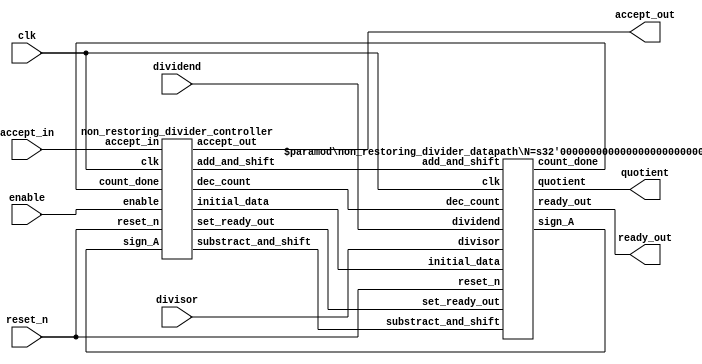
module non_restoring_divider #(
    parameter N = 8
) (
    input enable, clk, reset_n, accept_in,
    output accept_out, ready_out,
//
    input [N-1:0] divisor, dividend,
    output [N-1:0] quotient
);


non_restoring_divider_controller controller(
    enable, clk, reset_n, accept_in,
    accept_out, set_ready_out,
//control
    sign_A, count_done,
    dec_count, substract_and_shift, add_and_shift, initial_data
);

non_restoring_divider_datapath #(.N(N)) datapth(
    clk, reset_n, set_ready_out,
    dividend, divisor, quotient, ready_out,
//control
    dec_count, substract_and_shift, add_and_shift, initial_data,
    sign_A, count_done
);
    
endmodule

module non_restoring_divider_controller(
    input enable, clk, reset_n, accept_in,
    output accept_out, 
    output reg set_ready_out,
//control
    input sign_A, count_done,
    output reg dec_count, substract_and_shift, add_and_shift, initial_data
);

localparam  IDLE        = 0,
            GET_DATA    = 1,
            COMPUTE     = 2,
            READY       = 3;

reg [1:0] current_state, next_state;
//output
assign accept_out   = (current_state == IDLE) & enable;
//fsm
always @(*) begin
    dec_count           = 0;
    substract_and_shift = 0;
    add_and_shift       = 0;
    initial_data        = 0;
    set_ready_out = 0;
    /////////////////////////
    case(current_state)
    IDLE: next_state = enable ? GET_DATA : IDLE;
    GET_DATA: begin
        initial_data = 1;
        next_state = COMPUTE;
    end
    COMPUTE: begin
        if(sign_A) add_and_shift = 1;
        else substract_and_shift = 1;
        if(count_done) begin
            set_ready_out = 1;
            next_state = accept_in ? IDLE : READY;
        end
        else next_state = COMPUTE;
        dec_count = 1;
    end
    READY: next_state = accept_in ? IDLE : READY;
    default: next_state = IDLE;
    endcase
end

always @(posedge clk, negedge reset_n) begin
    if(~reset_n) current_state <= IDLE;
    else current_state <= next_state;
end


endmodule

module non_restoring_divider_datapath #(
    parameter N = 8
) (
    input clk, reset_n, set_ready_out,
    input [N-1:0] dividend, divisor,
    output [N-1:0] quotient,
    output reg ready_out,
//control
    input dec_count, substract_and_shift, add_and_shift, initial_data,
    output sign_A, count_done
);

reg [N-1:0] Q;
reg [N:0] A, M;
reg [$clog2(N):0] count;
assign count_done = (count == 0);
assign sign_A = A[N];
assign quotient = Q;
// assign remainder = A;


wire [N:0] A_minus_M, A_plus_M;
assign A_minus_M = {A[N-1:0], Q[N-1]} - M;
assign A_plus_M = {A[N-1:0], Q[N-1]} + M;

//Khi GET_DATA
always @(posedge clk, negedge reset_n) begin
    if(~reset_n) begin
        A <= 0;
        M <= 0;
        Q <= 0;
        ready_out <= 0;
    end
    else begin
        ready_out <= set_ready_out;
        A <= A;
        M <= M;
        Q <= Q;
        if(initial_data) begin
            A <= {(N+1){1'b0}};
            M <= {1'b0, divisor};
            Q <= dividend;
        end
        else if(add_and_shift) begin
            A <= {A[N-1:0], Q[N-1]} + M;
            Q <= {Q[N-2:0], ~A_plus_M[N]};
        end
        else if(substract_and_shift) begin
            A <= {A[N-1:0], Q[N-1]} - M;
            Q <= {Q[N-2:0], ~A_minus_M[N]};
        end
        else begin
            A <= A;
            M <= M;
            Q <= Q;
        end
    end
end


//Khi count
always @(posedge clk, negedge reset_n) begin
    if(~reset_n) count <= N - 1;
    else if(initial_data) count <= N - 1;
    else if(dec_count) count <= count - 1'b1;
    else count <= count;
end


endmodule